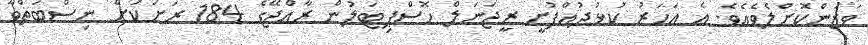
ވަޒަންކޮށްލެވެއެވެ. އެ އަހަރު ކުޅުދުއްފުށީ ރީޖަނަލް ހޮސްޕިޓަލުން ރާއްޖޭގެ 184 ރަށަކަށް ނިސްބަތްވާ